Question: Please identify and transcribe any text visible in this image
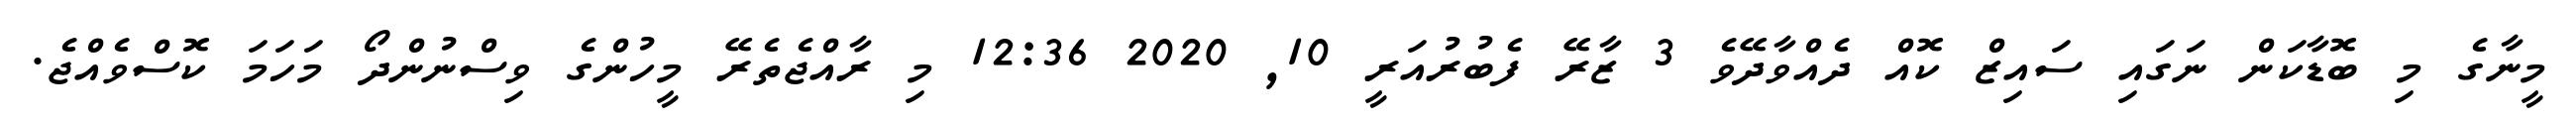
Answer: މީނާގެ މި ބޮޑާކަން ނަގައި ސައިޒް ކޮއް ދެއްވާދޭވެ 3 ޒާރޭ ފެބުރުއަރީ 10, 2020 12:36 މި ރާއްޖެތެރޭ މީހުންގެ ވިސްނުންދޯ މަހަމަ ކޮސްވެއްޖެ.